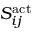
S _ { i j } ^ { \mathrm { a c t } }